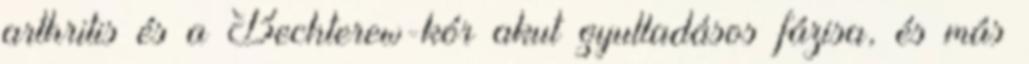
arthritis és a Bechterew-kór akut gyulladásos fázisa, és más